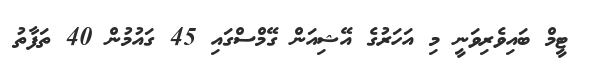
ޓީމް ބައިވެރިވަނީ މި އަހަރުގެ އޭޝިއަން ގޭމްސްގައި 45 ގައުމުން 40 ތަފާތު